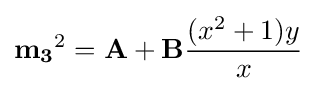
\mathbf {m_{3}} ^{2}=\mathbf {A} +\mathbf {B} {(x^{2}+1)y \over x}